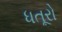
ધતૂરો